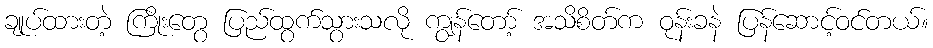
ချုပ်ထားတဲ့ ကြိုးတွေ ပြည်ထွက်သွားသလို ကျွန်တော့် အသိစိတ်က ဝုန်းခနဲ ပြန်ဆောင့်ဝင်တယ်။